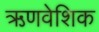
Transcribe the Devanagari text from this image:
ऋणवेशिक